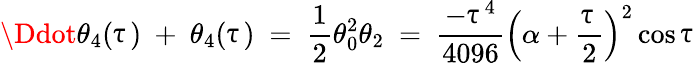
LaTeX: \Ddot{\theta}_{4}(\uptau)\ +\ \theta_{4}(\uptau)\ =\ \frac{1}{2}\theta_{0}^{2}\theta_{2}\ =\ \frac{-\uptau^{4}}{4096}\Big(\alpha+\frac{\uptau}{2}\Big)^{2}\cos\uptau